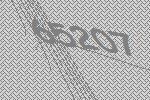
65207